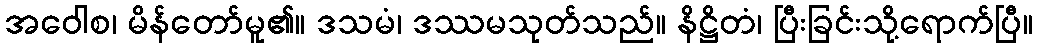
အဝေါစ၊ မိန်တော်မူ၏။ ဒသမံ၊ ဒဿမသုတ်သည်။ နိဋ္ဌိတံ၊ ပြီးခြင်းသို့ရောက်ပြီ။